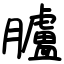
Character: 臚